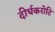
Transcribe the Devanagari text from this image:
दीर्घकरोटि